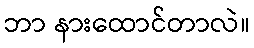
ဘာ နားထောင်တာလဲ။